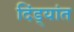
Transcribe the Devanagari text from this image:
दिंड्यांत